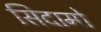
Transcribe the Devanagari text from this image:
सिदामो